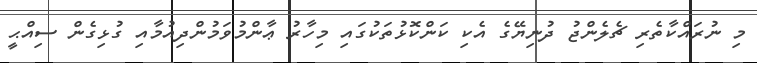
މި ނުރައްކާތެރި ޗެލެންޖު ދުނިޔޭގެ އެކި ކަންކޮޅުތަކުގައި މިހާރު ޢާންމުވަމުންދިއުމާއި ގުޅިގެން ސިއްޙީ